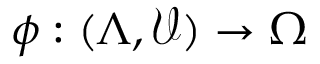
\phi : ( \Lambda , \mathcal { V } ) \to \Omega